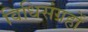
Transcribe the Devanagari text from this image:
विधिसंग्रहों